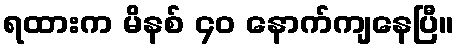
ရထားက မိနစ် ၄၀ နောက်ကျနေပြီ။